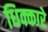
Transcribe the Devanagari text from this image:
धिक्कारे